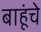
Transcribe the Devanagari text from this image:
बाहूंचे